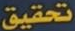
تحقيق